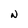
Character: N